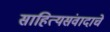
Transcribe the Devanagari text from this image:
साहित्यसंवादाचे